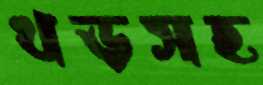
খড়সহ